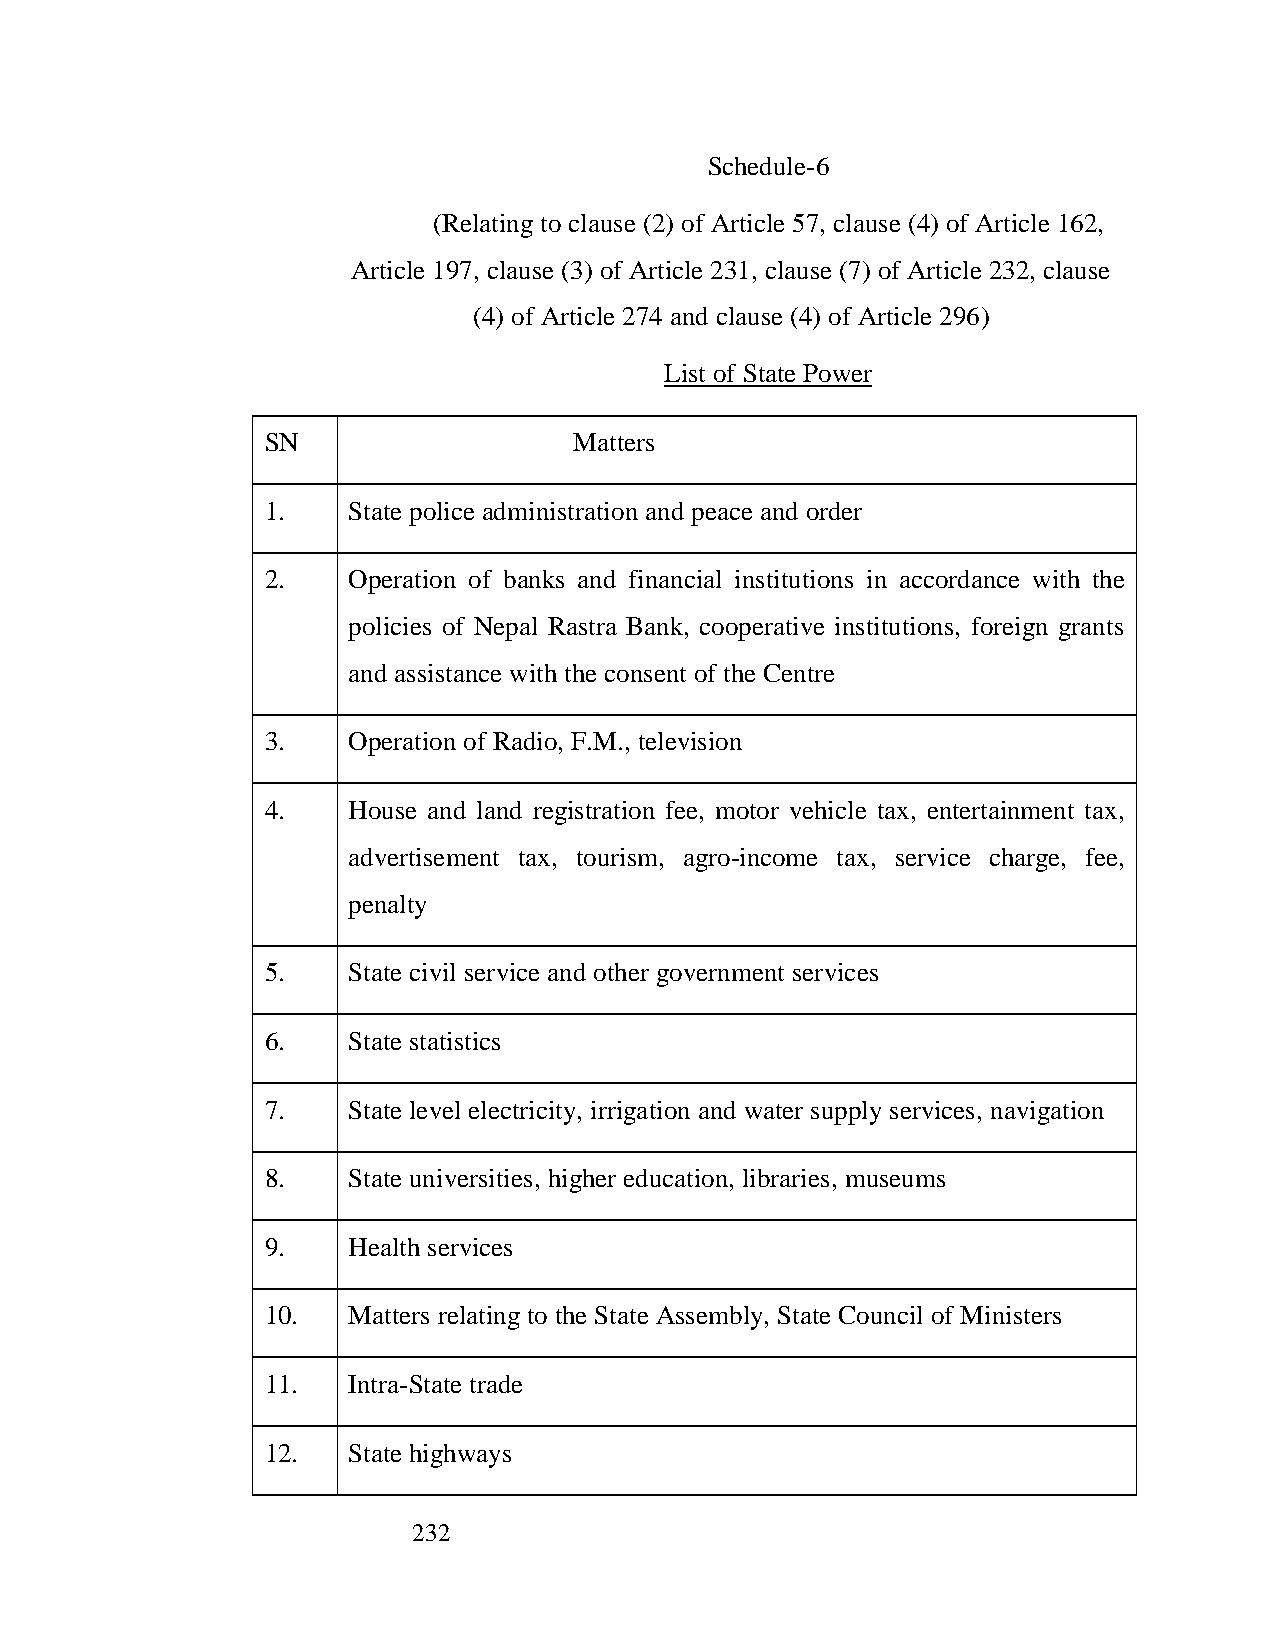
Schedule-6
 (Relating to clause (2) of Article 57, clause (4) of Article 162,
 Article 197, clause (3) of Article 231, clause (7) of Article 232, clause
 (4) of Article 274 and clause (4) of Article 296)
 List of State Power
 SN                  Matters
 1.   State police administration and peace and order
 2.   Operation of banks and financial institutions in accordance with the
 policies of Nepal Rastra Bank, cooperative institutions, foreign grants
 and assistance with the consent of the Centre
 3.   Operation of Radio, F.M., television
 4.   House and land registration fee, motor vehicle tax, entertainment tax,
 advertisement tax, tourism, agro-income tax, service charge, fee,
 penalty
 5.   State civil service and other government services
 6.   State statistics
 7.   State level electricity, irrigation and water supply services, navigation
 8.   State universities, higher education, libraries, museums
 9.   Health services
 10.  Matters relating to the State Assembly, State Council of Ministers
 11.  Intra-State trade
 12.  State highways
 232